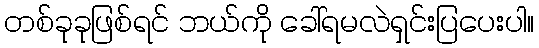
တစ်ခုခုဖြစ်ရင် ဘယ်ကို ခေါ်ရမလဲရှင်းပြပေးပါ။